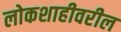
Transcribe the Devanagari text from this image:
लोकशाहीवरील